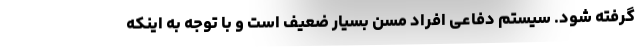
گرفته شود. سیستم دفاعی افراد مسن بسیار ضعیف است و با توجه به اینکه